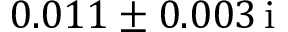
\hphantom { - } 0 . 0 1 1 \pm 0 . 0 0 3 \, \mathrm { i }